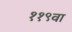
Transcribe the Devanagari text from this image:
११९वा